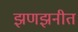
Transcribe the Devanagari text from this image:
झणझनीत